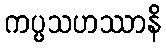
ကပ္ပသဟဿာနိ